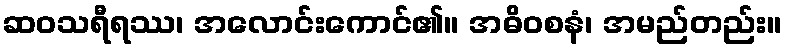
ဆဝသရီရဿ၊ အလောင်းကောင်၏။ အဓိဝစနံ၊ အမည်တည်း။